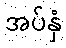
အပ်နှံ